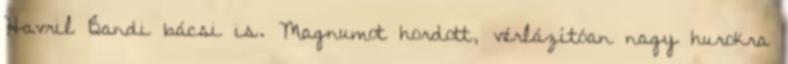
Havril Bandi bácsi is. Magnumot hordott, vérlázítóan nagy hurokra